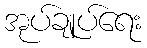
အုပ်ချုပ်ရေး